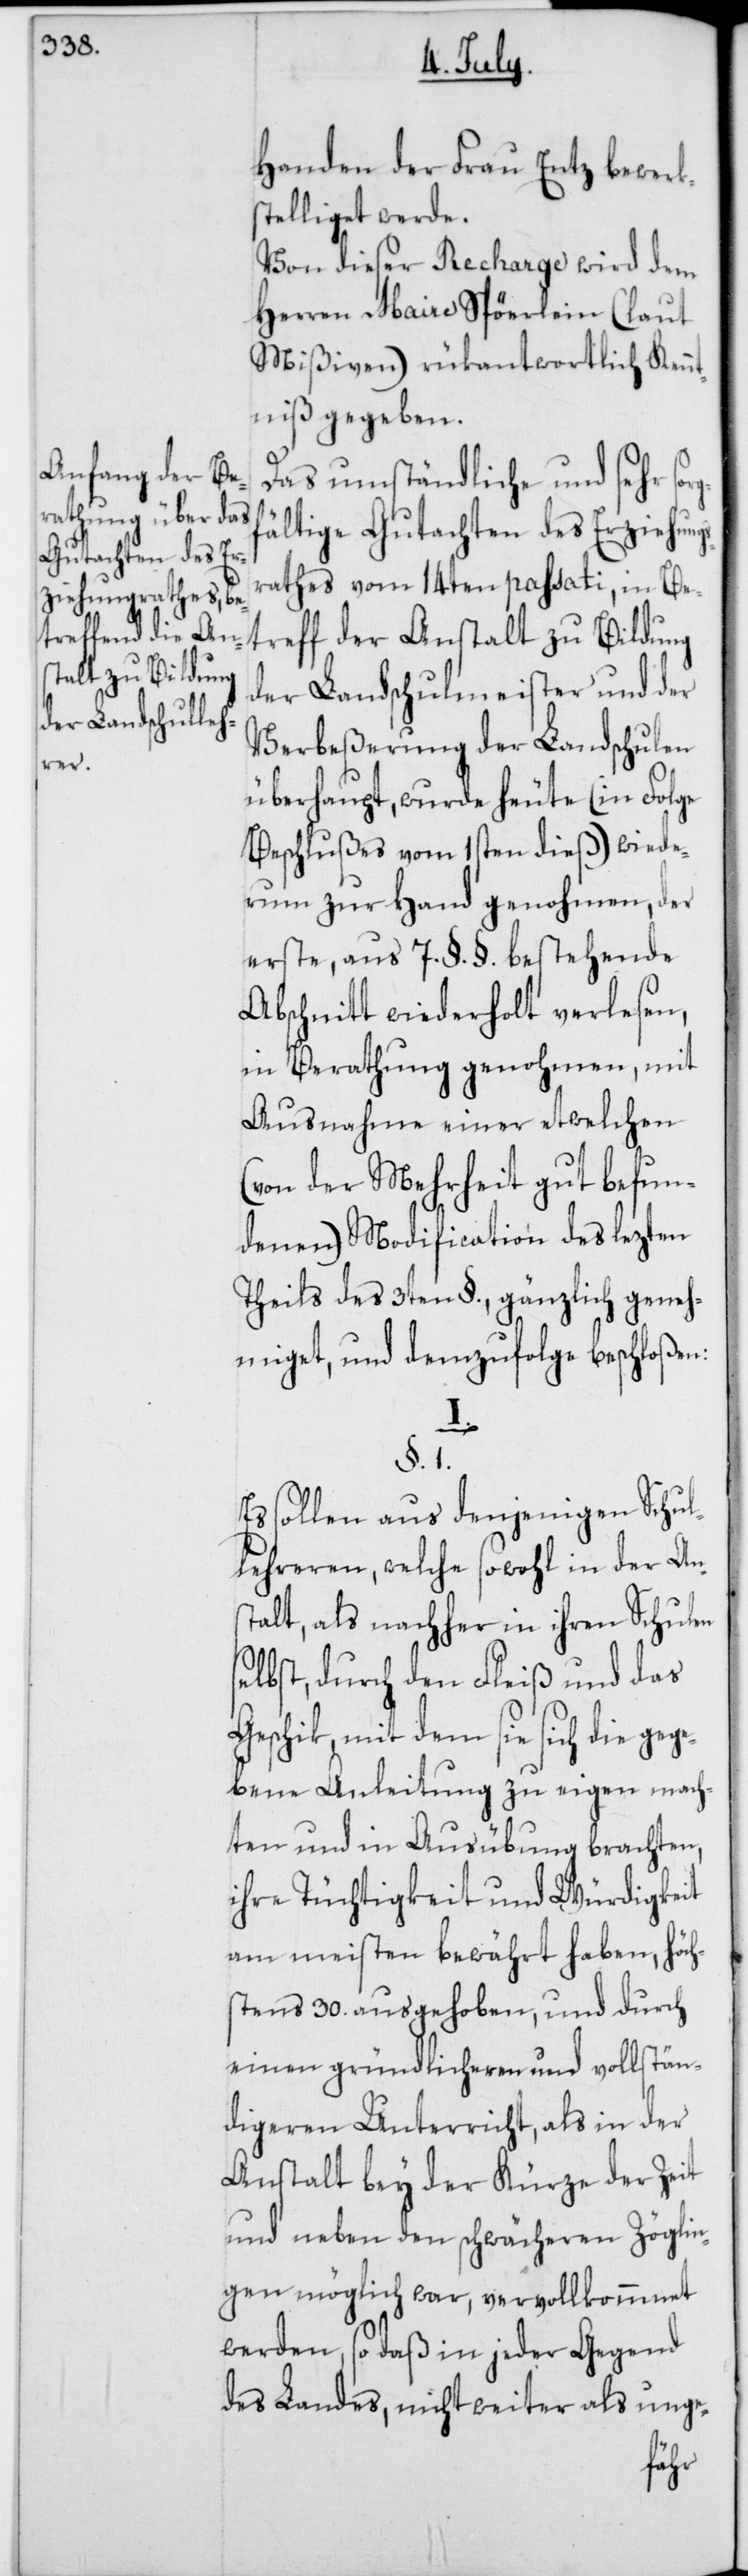
Handen der Frau Entz bewerk¬
stelliget werde.
Von dieser Recharge wird dem
Herren Maire Spöerlein (laut
Mißiven) rükantwortlich Kennt¬
niß gegeben.
Das umständliche und sehr sorg¬
ältige Gutachten des Erziehung¬
athes vom 14ten passati, in Be¬
treff der Anstalt zu Bildung
der Landschulmeister und der
Verbeßerung der Landschulen
überhaupt, wurde heute (in Folge
Beschlußes vom 1sten dieß) wiede¬
rum zur Hand genohmen, der
erste, aus 7. §. §. bestehende
Abschnitt wiederholt verlesen,
in Berathung genohmen, mit
Ausnahme einer etwelchen
(von der Mehrheit gut befun¬
denen) Modification des lezten
Theils des 3ten §., gänzlich geneh¬
miget, und demzufolge beschloßen:
§. 1.
Es sollen aus denjenigen Schul¬
lehreren, welche sowohl in der Ans¬
talt, als nachher in ihren Schulen
lbst, durch den Fleiß und das
Geschik, mit dem sie sich die gege¬
bene Anleitung zu eigen mach¬
ten und in Ausübung brachten,
ihre Tüchtigkeit und Würdigkeit
am meisten bewährt haben, höch¬
stens 30. ausgehoben, und durch
einen gründlicheren und vollstän¬
digeren Unterricht, als in der
Anstalt bey der Kürze der Zeit
und neben den schwächeren Zöglin¬
gen möglich war, vervollkommnet
werden, so daß in jeder Gegend
des Landes, nicht weiter als unge-
se¬